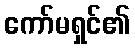
ကော်မရှင်၏